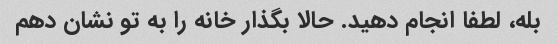
بله، لطفا انجام دهید. حالا بگذار خانه را به تو نشان دهم